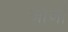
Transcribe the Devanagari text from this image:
जार्जी